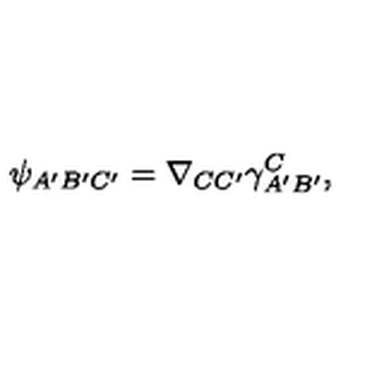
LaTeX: \psi _ { A ^ { \prime } B ^ { \prime } C ^ { \prime } } = \nabla _ { C C ^ { \prime } } \gamma _ { A ^ { \prime } B ^ { \prime } } ^ { C } ,